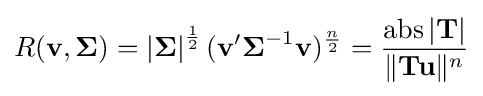
R(\mathbf {v} ,{\boldsymbol {\Sigma }})=\left|{\boldsymbol {\Sigma }}\right|^{\frac {1}{2}}(\mathbf {v} '{\boldsymbol {\Sigma }}^{-1}\mathbf {v} )^{\frac {n}{2}}={\frac {\operatorname {abs} \left|\mathbf {T} \right|}{\lVert \mathbf {Tu} \rVert ^{n}}}